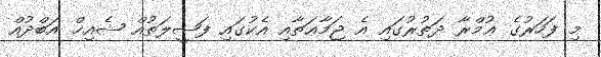
މި ފަހަރުގެ ޢުމްރާ ދަތުރުގައި އެ ޖަމާޢަތާއި އެކުގައި ފަޟީލަތުއް ޝެއިޚް އަބްދުއް